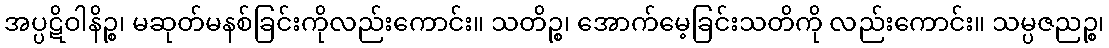
အပ္ပဋိဝါနိဉ္စ၊ မဆုတ်မနစ်ခြင်းကိုလည်းကောင်း။ သတိဉ္စ၊ အောက်မေ့ခြင်းသတိကို လည်းကောင်း။ သမ္ပဇညဉ္စ၊